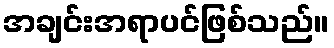
အချင်းအရာပင်ဖြစ်သည်။